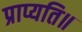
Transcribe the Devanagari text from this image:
प्राप्यति॥